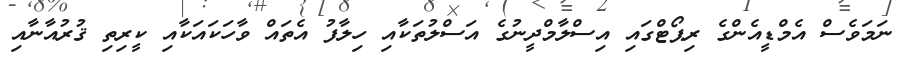
ނަމަވެސް އެމްޑީއެންގެ ރިޕޯޓްގައި އިސްލާމްދީނުގެ އަސްލުތަކާއި ހިލާފު އެތައް ވާހަކައަކާއި ކީރިތި ޤުރުއާނާއި